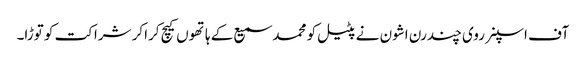
آف اسپنر روی چندرن اشون نے پٹیل کو محمد سمیع کے ہاتھوں کیچ کراکر شراکت کو توڑا۔